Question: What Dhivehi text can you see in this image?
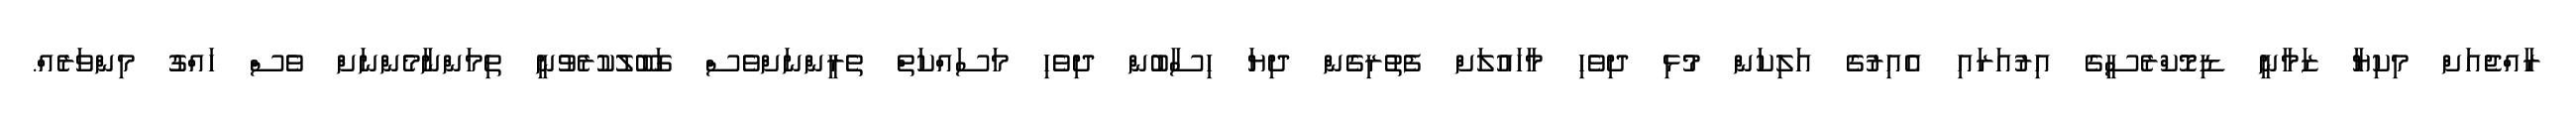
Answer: ރާއްޖެއަށް މިކިޔާ ޒަމާނީ ޑިމޮކްރެސީގެ އިރުއަރައި އެއިރުގެ އަލިކަން މުޅި ދިވެހި މާހައުލަށް ފެތުރިގެން ދިޔަ ހިސާބުން ދިވެހި މަސައްކަތް ތެރީންނަށްވެސް ގަބޫލުކުރެވުނީ ތިމަންނާމެންނަށް ވެސް ހައްގު މިންވަރެއް.